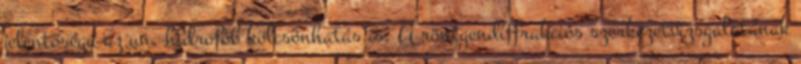
jelentőségű az un. hidrofób kölcsönhatás is. A röntgendiffrakciós szerkezetvizsgálatának